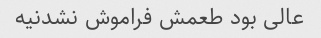
عالی بود طعمش فراموش نشدنیه